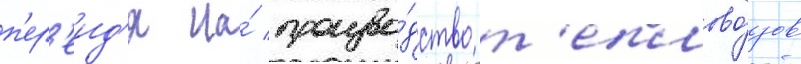
п'ер'еид'я на́ произво́дство т'еплово́зов